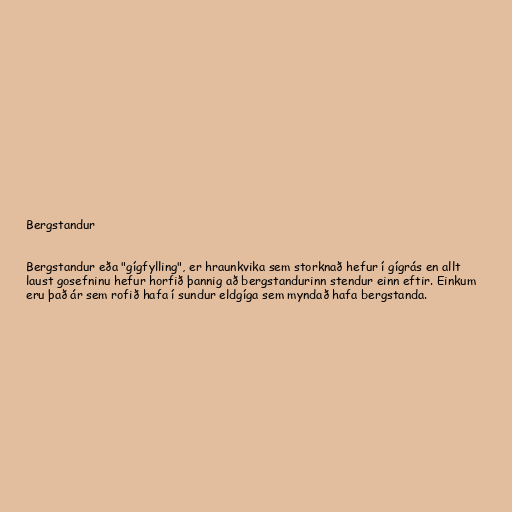
Bergstandur

Bergstandur eða "gígfylling", er hraunkvika sem storknað hefur í gígrás en allt
laust gosefninu hefur horfið þannig að bergstandurinn stendur einn eftir. Einkum
eru það ár sem rofið hafa í sundur eldgíga sem myndað hafa bergstanda.